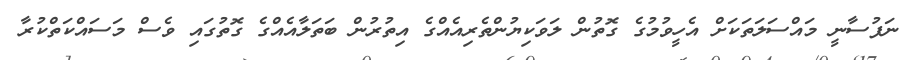
ނަފުސާނީ މައްސަލަތަކަށް އެހީވުމުގެ ގޮތުން ލަވަކިޔުންތެރިއެއްގެ އިތުރުން ބަތަލާއެއްގެ ގޮތުގައި ވެސް މަސައްކަތްކުރާ